Papers set at the Examination for Leaving Certificates, 1895
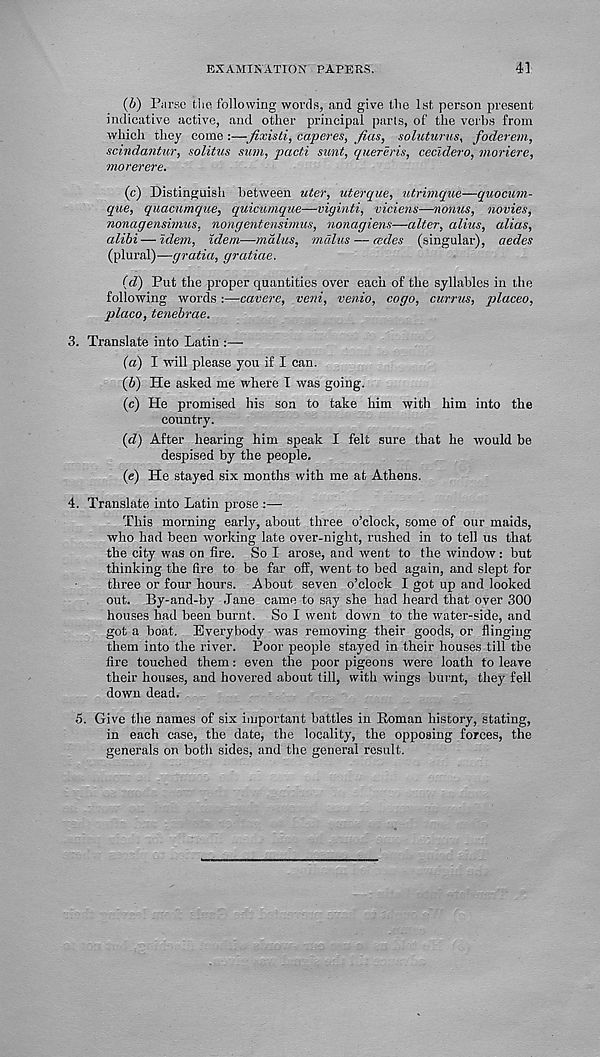
EXAMINATION PAPEUS.
41
(6) Parse the following words, and give the 1st person present
indicative active, and other principal parts, of the verbs from
which they come :—fixisti, caperes, fias, soluturus, foderem,
scindantur, solitus sum, pacti sunt, quereris, cecidero, moriere,
mo revered
(c) Distinguish between uter, uterque, utrimque—quocum-
que, quacumque, quicumque—viginti, viciens—nonus, navies,
nonagensimus, nongentensimus, nonagiens—alter, alius, alias,
alibi — idem, idem—malus, malm — cedes (singular), aedes
(plural)—gratia, gratiae.
{d) Put the proper quantities over each of the syllables in the
following words:—cavere, veni, venio, cogo, currus, placeo,
placo, tenebrae.
3. Translate into Latin :—
(а) I will please you if I can.
(б) He asked me where I was going.
(e) He promised his son to take him with him into the
country.
(d) After hearing him speak I felt sure that he would be
despised by the people.
(e) He stayed six months with me at Athens.
4. Translate into Latin prose :—
This morning early, about three o’clock, some of our maids,
who had been working late over-night, rushed in to tell us that
the city was on fire. So I arose, and went to the window: but
thinking the fire to be far off, went to bed again, and slept for
three or four hours. About seven o’clock I got up and looked
out. By-and-by Jane came to say she had heard that over 300
houses had been burnt. So I went down to the water-side, and
got a boat. Everybody was removing their goods, or flinging
them into the river. Poor people stayed in their houses till the
fire touched them: even the poor pigeons were loath to leave
their houses, and hovered about till, with wings burnt, they fell
down dead.
5. Give the names of six important battles in Roman history, stating,
in each case, the date, the locality, the opposing forces, the
generals on both sides, and the general result.